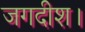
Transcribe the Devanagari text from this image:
जगदीश।